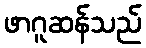
ဖာဂူဆန်သည်